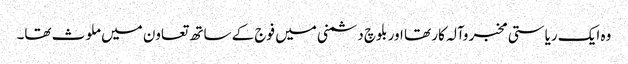
وہ ایک ریاستی مخبر وآلہ کار تھا اور بلوچ دشمنی میں فوج کے ساتھ تعاون میں ملوث تھا۔